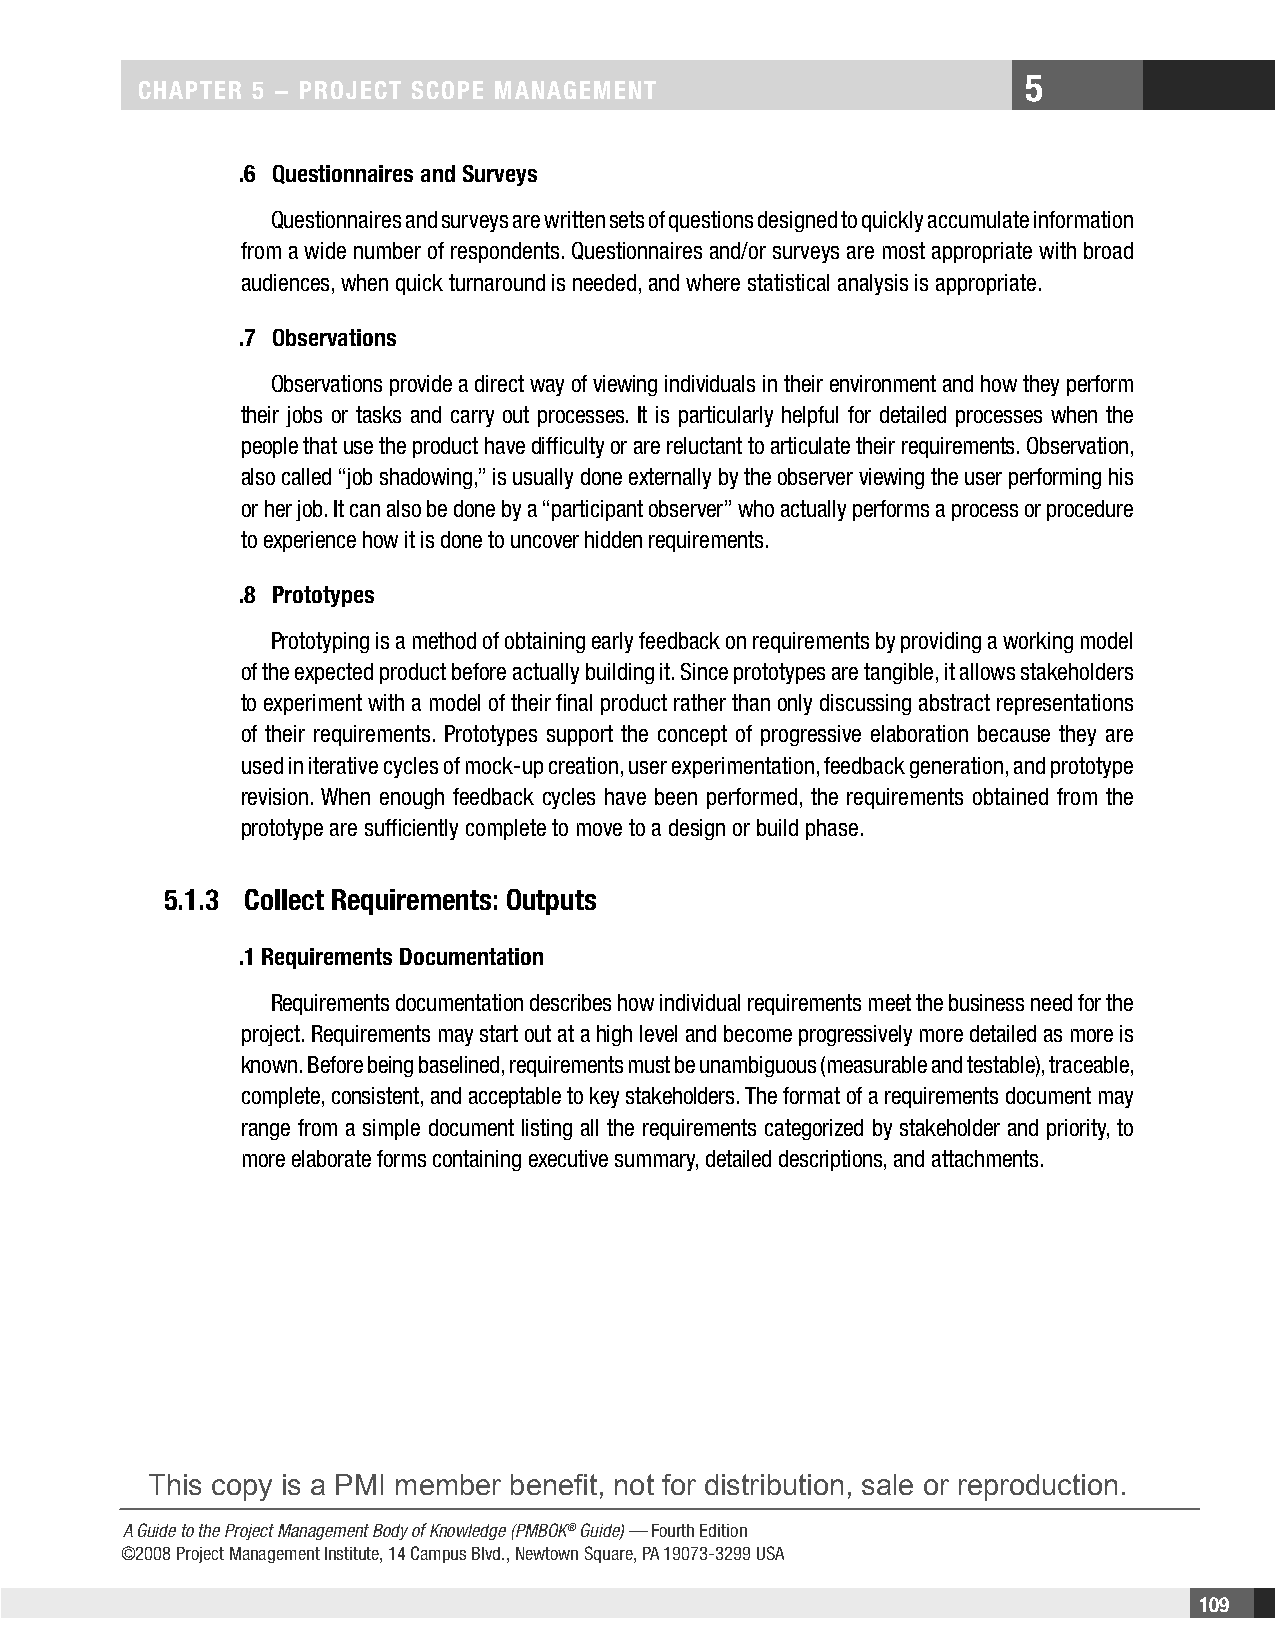
5
 CHAPTER 5 − PROjECT SCOPE MAnAgEMEnT
 .6 Questionnaires and Surveys
 Questionnaires and surveys are written sets of questions designed to quickly accumulate information
 from a wide number of respondents. Questionnaires and/or surveys are most appropriate with broad
 audiences, when quick turnaround is needed, and where statistical analysis is appropriate.
 .7 Observations
 Observations provide a direct way of viewing individuals in their environment and how they perform
 their jobs or tasks and carry out processes. It is particularly helpful for detailed processes when the
 people that use the product have difficulty or are reluctant to articulate their requirements. Observation,
 also called “job shadowing,” is usually done externally by the observer viewing the user performing his
 or her job. It can also be done by a “participant observer” who actually performs a process or procedure
 to experience how it is done to uncover hidden requirements.
 .8 Prototypes
 Prototyping is a method of obtaining early feedback on requirements by providing a working model
 of the expected product before actually building it. Since prototypes are tangible, it allows stakeholders
 to experiment with a model of their final product rather than only discussing abstract representations
 of their requirements. Prototypes support the concept of progressive elaboration because they are
 used in iterative cycles of mock-up creation, user experimentation, feedback generation, and prototype
 revision. When enough feedback cycles have been performed, the requirements obtained from the
 prototype are sufficiently complete to move to a design or build phase.
 5.1.3 Collect Requirements: Outputs
 .1 Requirements Documentation
 Requirements documentation describes how individual requirements meet the business need for the
 project. Requirements may start out at a high level and become progressively more detailed as more is
 known. Before being baselined, requirements must be unambiguous (measurable and testable), traceable,
 complete, consistent, and acceptable to key stakeholders. The format of a requirements document may
 range from a simple document listing all the requirements categorized by stakeholder and priority, to
 more elaborate forms containing executive summary, detailed descriptions, and attachments.
 This copy is a PMI member benefit, not for distribution, sale or reproduction.
 A Guide to the Project Management Body of Knowledge (PMBOK® Guide) — Fourth Edition
 ©2008 Project Management Institute, 14 Campus Blvd., Newtown Square, PA 19073-3299 USA
 109